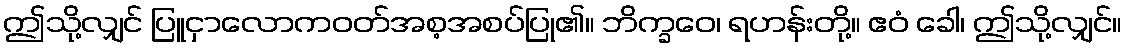
ဤသို့လျှင် ပြူငှာလောကဝတ်အစ့အစပ်ပြု၏။ ဘိက္ခဝေ၊ ရဟန်းတို့။ ဧဝံ ခေါ၊ ဤသို့လျှင်။